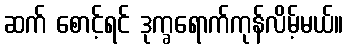
ဆက် စောင့်ရင် ဒုက္ခရောက်ကုန်လိမ့်မယ်။